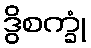
ဒွိစက္ခုံ